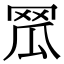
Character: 𦊡